Annual administration and progress report of the Indian Medical Department, Bombay
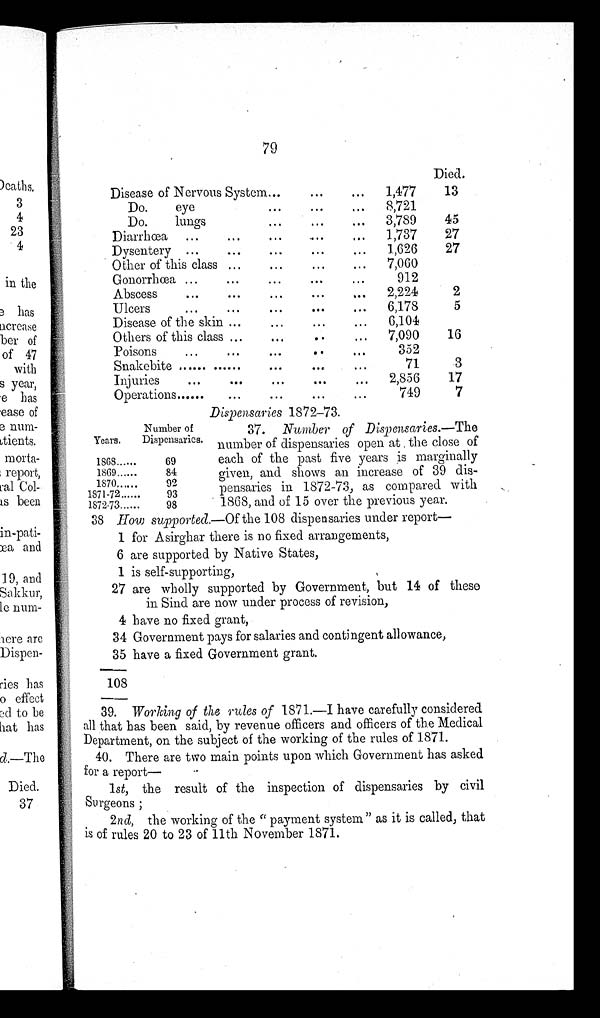
79
Disease of Nervous System. . . .
Died.
1,477
13
8,721
Do. eye . . .
Do. lungs . . .
3,789
45
Diarrhœa . . .
1,737
27
Dysentery . . .
1,626
27
Other of this class . . .
7,060
Gonorrhœa . . .
912
Abscess . . .
2,224
2
Ulcers . . .
6,178
5
Disease of the skin . . .
6,104
Others of this class . . .
7,090
16
P o i s o n s . . .
352
Snakebite . . .
71
3
Injuries . . .
2,856
17
Operations . . .
749
7
Years.
Number of
Dispensaries
1868 . . .
6 9
1 8 69 . . .
84
1870. . .
92
1871-72 . . .
93
1872-73 . . .
9 8
Dispensaries 1872-73.
37. Number of Dispensaries .—The
number of dispensaries open at the close of
each of the past five years is marginally
given, and shows an increase of 39 dis-
pensaries in 1872-73, as compared with
1868, and of 15 over the previous year.
38 H ow supported.—Of the 108 dispensaries under report —
1 for Asirghar there is no fixed arrangements,
6 are supported by Native States,
1 is self-supporting,
27 are wholly supported by Government, but 14 of these
in Sind are now under process of revision,
4 have no fixed grant,
34 Government pays for salaries and contingent allowance,
35 have a fixed Government grant.
108
39.
Working of the rules of 1871.—I have carefully considered
all that has been said, by revenue officers and officers of the Medical
Department, on the subject of the working of the rules of 1871.
40. There are two main points upon which Government has asked
for a report
—
1st, the result of the inspection of dispensaries by civil
Surgeons ;
2nd, the working of the " payment system " as it is called, that
is of rules 20 to 23 of 11th November 1871.